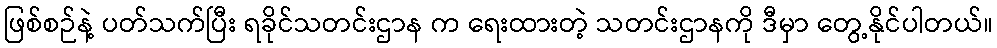
ဖြစ်စဉ်နဲ့ ပတ်သက်ပြီး ရခိုင်သတင်းဌာန က ရေးထားတဲ့ သတင်းဌာနကို ဒီမှာ တွေ့နိုင်ပါတယ်။